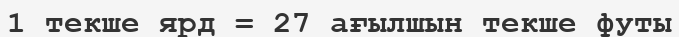
1 текше ярд = 27 ағылшын текше футы